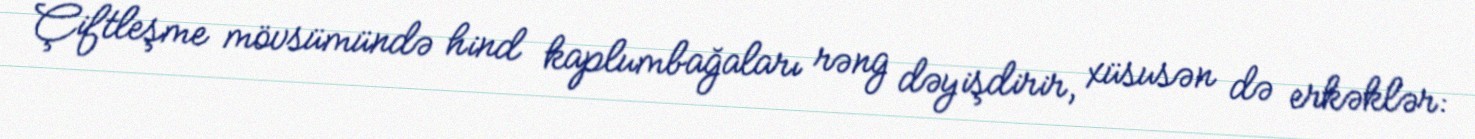
Çiftleşme mövsümündə hind kaplumbağaları rəng dəyişdirir, xüsusən də erkəklər: